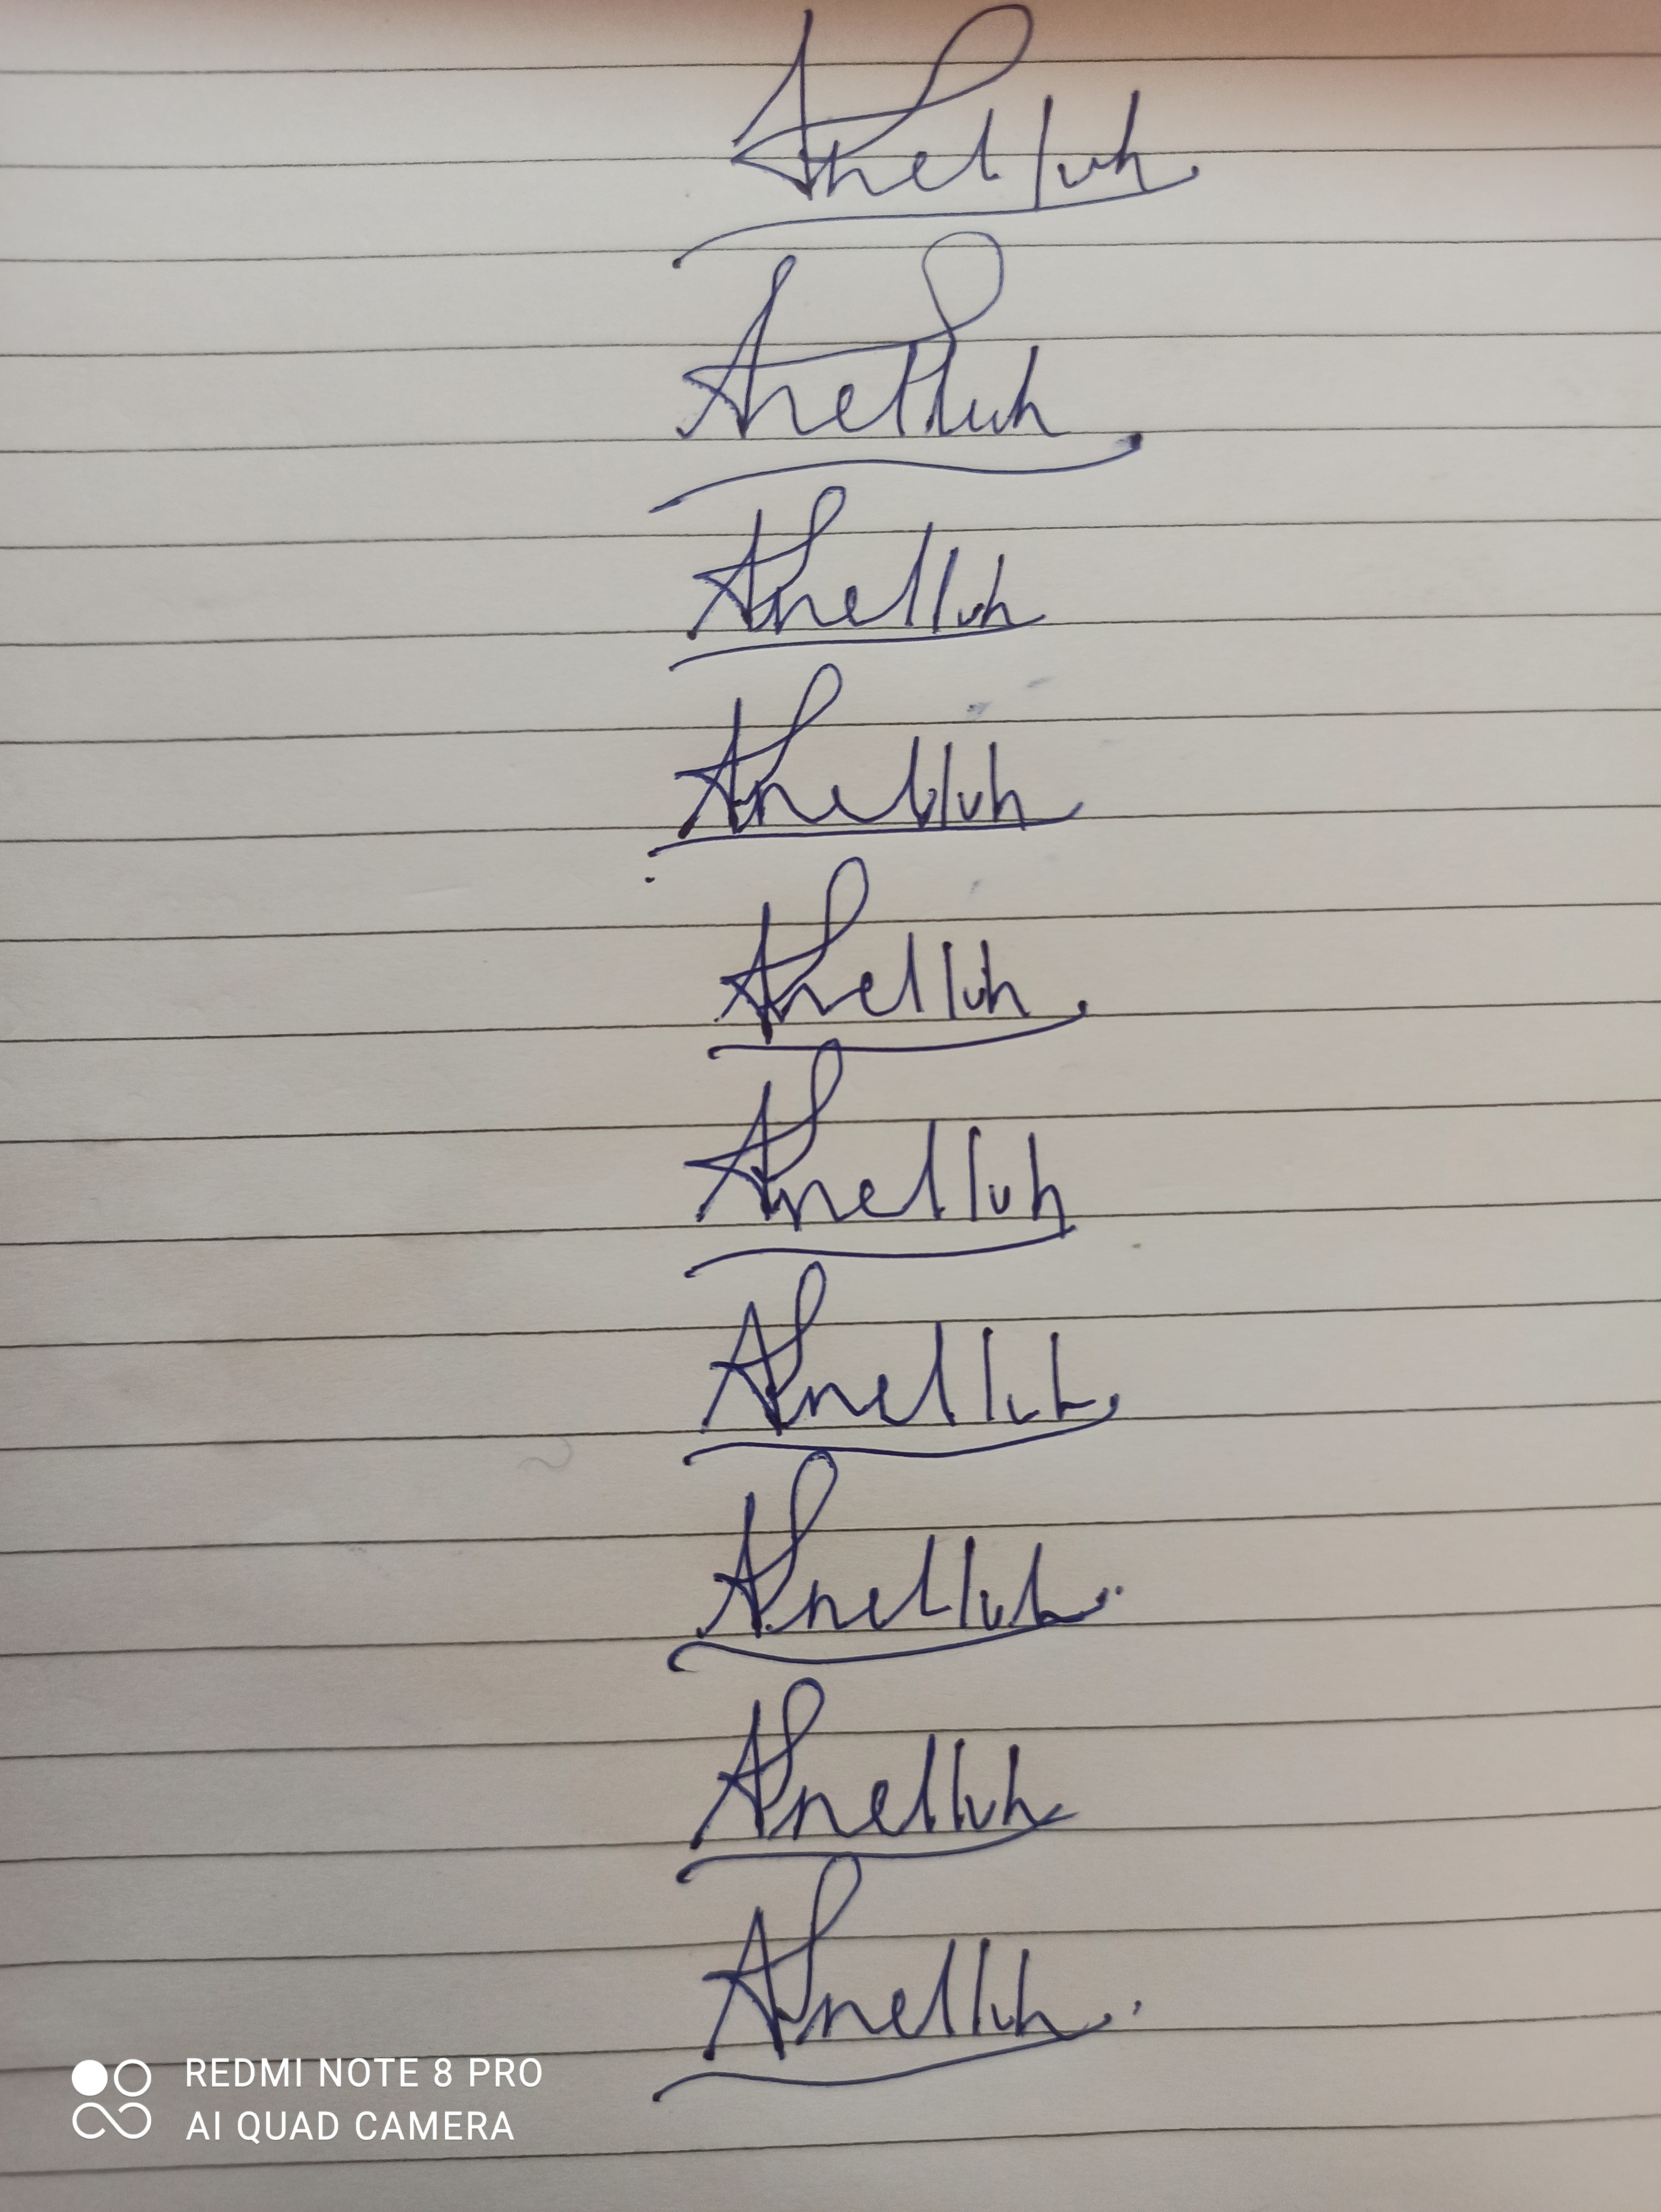
Signature authenticity: forged